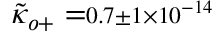
{ \tilde { \kappa } } _ { o + } = \scriptstyle 0 . 7 \pm 1 \times 1 0 ^ { - 1 4 }